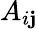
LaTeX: A_{i\mathbf{j}}